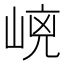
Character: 𡹕